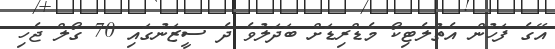
އޭގެ ފަހުން އެތުލެޓިކޯ މެޑްރިޑަށް ބަދަލުވެ ދެ ސީޒަނުގައި 70 ގޯލް ޖެހި